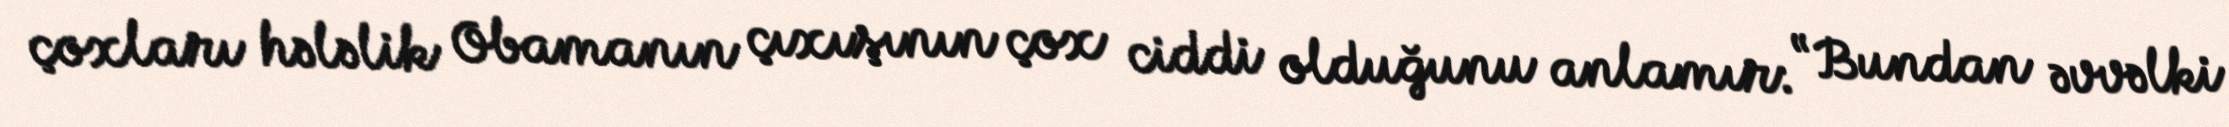
çoxları hələlik Obamanın çıxışının çox ciddi olduğunu anlamır: “Bundan əvvəlki